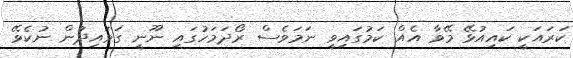
ކަރައަކީ ކައިއުޅޭ މޭވާ އެއް ކަމުގައިވީ ނަމަވެސް ރޯދަމަހުގައި ނޫނީ ގަވައިދުން ނުކެވޭ